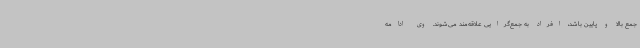
جمع بالا و پایین باشد، افراد به جمع‌گرایی علاقه‌مند می‌شوند. وی ادامه